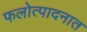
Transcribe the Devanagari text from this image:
फलोत्पादनात